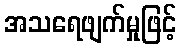
အသရေဖျက်မှုဖြင့်